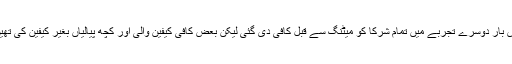
اس بار دوسرے تجربے میں تمام شرکا کو میٹنگ سے قبل کافی دی گئی لیکن بعض کافی کیفین والی اور کچھ پیالیاں بغیر کیفین کی تھیں۔